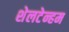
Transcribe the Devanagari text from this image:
शेलटेन्हम